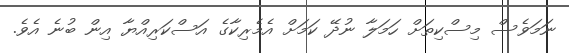
ނަމަވެސް މިސްކިތަށް ހަމަލާ ނުދޭ ކަމަށް އެމެރިކާގެ އަސްކަރިއްޔާ އިން ބުނެ އެވެ.